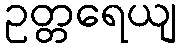
ဥတ္တရေယျ